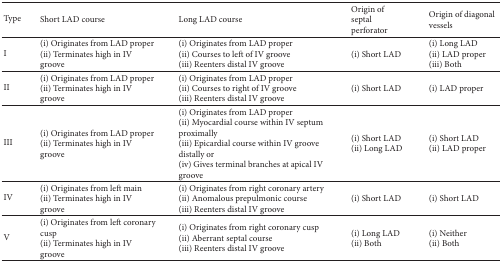
<table><thead><tr><td><b>Type</b></td><td><b>Short LAD course</b></td><td><b>Long LAD course</b></td><td><b>Origin of septal perforator</b></td><td><b>Origin of diagonal vessels</b></td></tr></thead><tbody><tr><td>I</td><td>(i) Originates from LAD proper(ii) Terminates high in IV groove</td><td>(i) Originates from LAD proper(ii) Courses to left of IV groove(iii) Reenters distal IV groove</td><td>(i) Short LAD</td><td>(i) Long LAD(ii) LAD proper(iii) Both</td></tr><tr><td>II</td><td>(i) Originates from LAD proper(ii) Terminates high in IV groove</td><td>(i) Originates from LAD proper(ii) Courses to right of IV groove(iii) Reenters distal IV groove</td><td>(i) Short LAD</td><td>(i) LAD proper</td></tr><tr><td>III</td><td>(i) Originates from LAD proper(ii) Terminates high in IV groove</td><td>(i) Originates from LAD proper(ii) Myocardial course within IV septum proximally(iii) Epicardial course within IV groove distally or(iv) Gives terminal branches at apical IV groove</td><td>(i) Short LAD(ii) Long LAD</td><td>(i) Short LAD(ii) LAD proper</td></tr><tr><td>IV</td><td>(i) Originates from left main(ii) Terminates high in IV groove</td><td>(i) Originates from right coronary artery(ii) Anomalous prepulmonic course(iii) Reenters distal IV groove</td><td>(i) Short LAD</td><td>(i) Short LAD</td></tr><tr><td>V</td><td>(i) Originates from left coronary cusp(ii) Terminates high in IV groove</td><td>(i) Originates from right coronary cusp(ii) Aberrant septal course(iii) Reenters distal IV groove</td><td>(i) Long LAD(ii) Both</td><td>(i) Neither(ii) Both</td></tr></tbody></table>